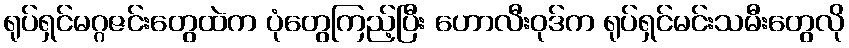
ရုပ်ရှင်မဂ္ဂဇင်းတွေထဲက ပုံတွေကြည့်ပြီး ဟောလီးဝုဒ်က ရုပ်ရှင်မင်းသမီးတွေလို